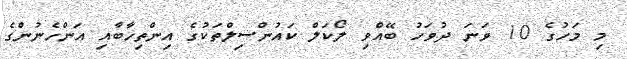
މި މަހުގެ 10 ވަނަ ދުވަހު ބޭއްވި ލޯކަލް ކައުންސިލްތަކުގެ އިންތިޚާބާއި އަންހެނުންގެ